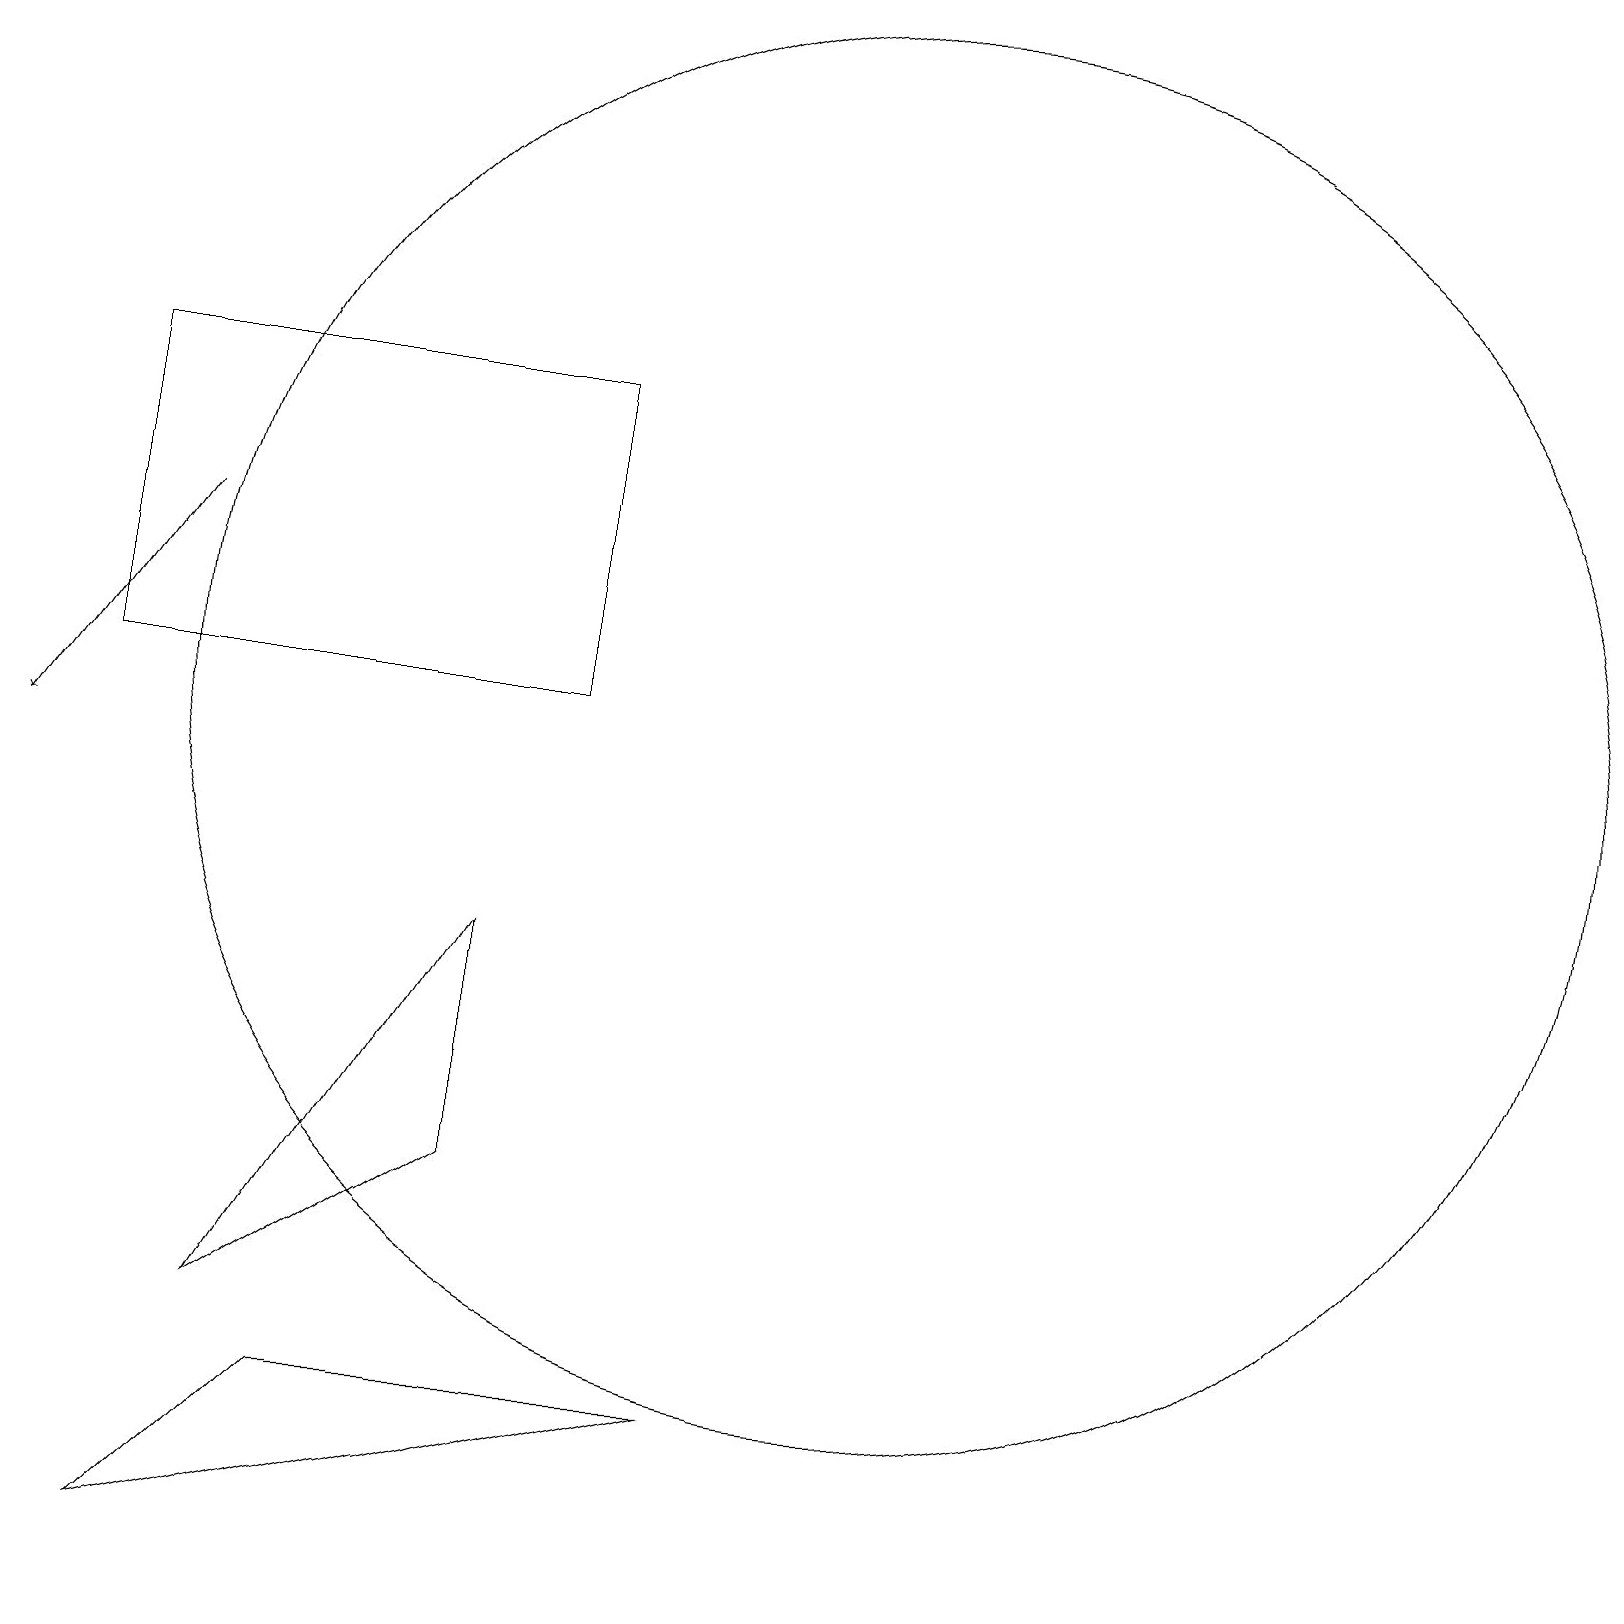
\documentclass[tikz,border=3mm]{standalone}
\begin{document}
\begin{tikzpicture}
\draw[->] (2,14) -- (0,11);
\draw (6,9) -- (3,4) -- (6,6) -- cycle;
\draw (1,16) rectangle (7,12);
\draw (11,12) circle (9);
\draw (4,3) -- (9,3) -- (2,1) -- cycle;
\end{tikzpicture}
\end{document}